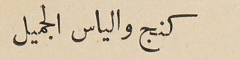
كنج والياس الجميل